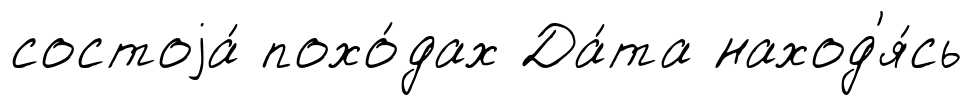
состоjа́ похо́дах Да́та наход'я́сь